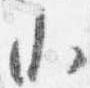
小